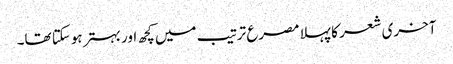
آخری شعر کا پہلا مصرع ترتیب میں کچھ اور بہتر ہوسکتا تھا۔